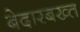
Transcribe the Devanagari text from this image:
बेदारबख्त